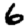
Digit: 6